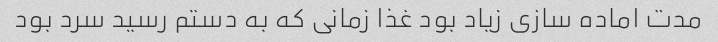
مدت اماده سازی زیاد بود غذا زمانی که به دستم رسید سرد بود